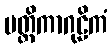
မတ္တိကာဂုဠိကံ